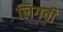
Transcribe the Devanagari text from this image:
लिगची